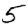
Digit: 5